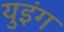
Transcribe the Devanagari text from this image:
युइंग